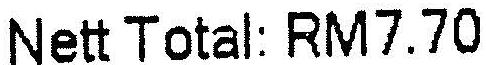
NETT TOTAL: RM7.70